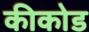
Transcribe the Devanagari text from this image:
कीकोड